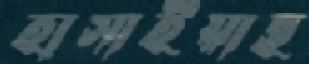
হাসাইয়াছ